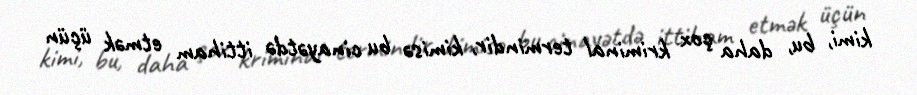
kimi, bu, daha çox kriminal termindir, kimisə bu cinayətdə ittiham etmək üçün